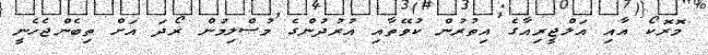
މޮރޮކޯ އާއި އަލްޖީރިއާގެ އިތުރުން ކުވޭތާއި އުރުދުންގެ މުސްލިމުން ރޯދަ އަށް ތިބެންޖެހެނީ